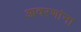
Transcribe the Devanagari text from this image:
आवरणांना